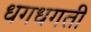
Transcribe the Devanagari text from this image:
धगधगती